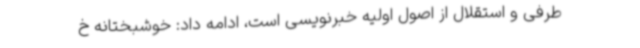
طرفی و استقلال از اصول اولیه خبرنویسی است، ادامه داد: خوشبختانه خ